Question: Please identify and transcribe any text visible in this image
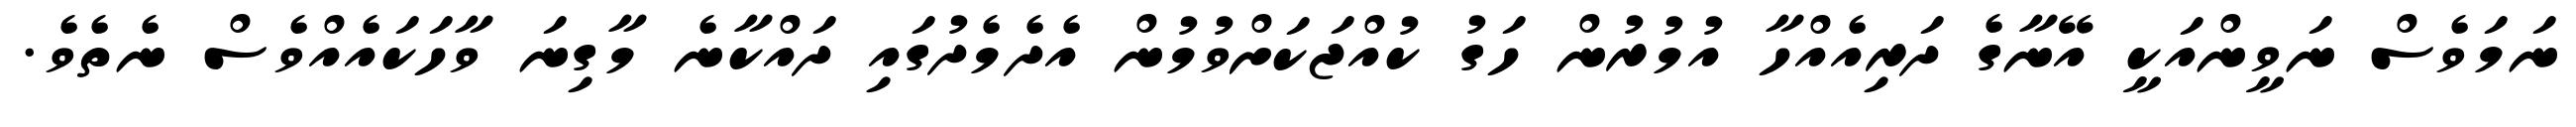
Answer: ނަމަވެސް ނަވީންއަކީ އޭނާގެ ދަރިއެއްހާ އުމުރުން ހަގު ކުއްޖަކަށްވުމުން އެދެމެދުގައި ދައްކާނެ މާގިނަ ވާހަކައެއްވެސް ނެތެވެ.